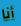
أنا